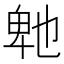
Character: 𭅤